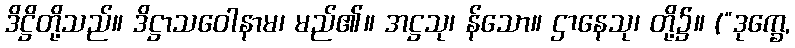
ဒိဋ္ဌိတို့သည်။ ဒိဋ္ဌာသဝေါနာမ၊ မည်၏။ အဋ္ဌသု၊ န်သော။ ဌာနေသု၊ တို့၌။ (“ဒုက္ခေ,